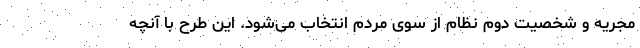
مجریه و شخصیت دوم نظام از سوی مردم انتخاب می‌شود. این طرح با آنچه